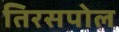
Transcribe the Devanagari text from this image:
तिरसपोल